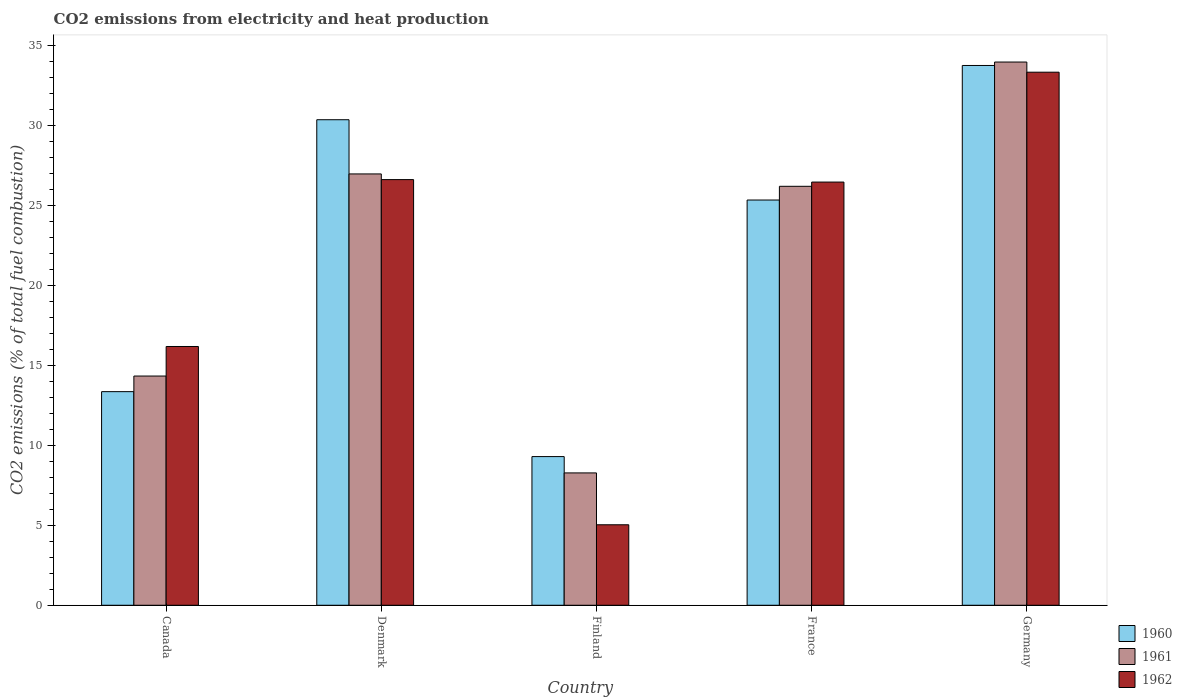
| Country | 1960 | 1961 | 1962 |
 | --- | --- | --- | --- |
 | Canada | 13.3 | 14.3 | 16.2 |
 | Denmark | 30.3 | 26.9 | 26.6 |
 | Finland | 9.29 | 8.27 | 5.03 |
 | France | 25.3 | 26.2 | 26.4 |
 | Germany | 33.7 | 33.9 | 33.3 |